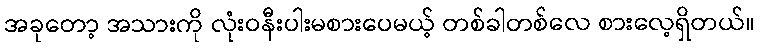
အခုတော့ အသားကို လုံးဝနီးပါးမစားပေမယ့် တစ်ခါတစ်လေ စားလေ့ရှိတယ်။